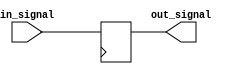
module lvcmos_buffer (
    input wire in_signal,
    output reg out_signal
);

always @ (posedge clk) begin
    out_signal <= in_signal;
end

endmodule